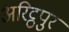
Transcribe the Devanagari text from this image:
अरिट्ठपुर